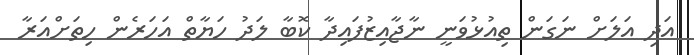
އަދި އަލަށް ނަގަން ތިއުޅުވަނީ ނާޖާއިޒުފައިދާ ކޮބާ ލަދު ހަޔާތް އަހަރެން ހިތަށްއަރާ